Civil Veterinary Dept. Bombay admin report 1900-1906 - 1900-1906
Year: 1900
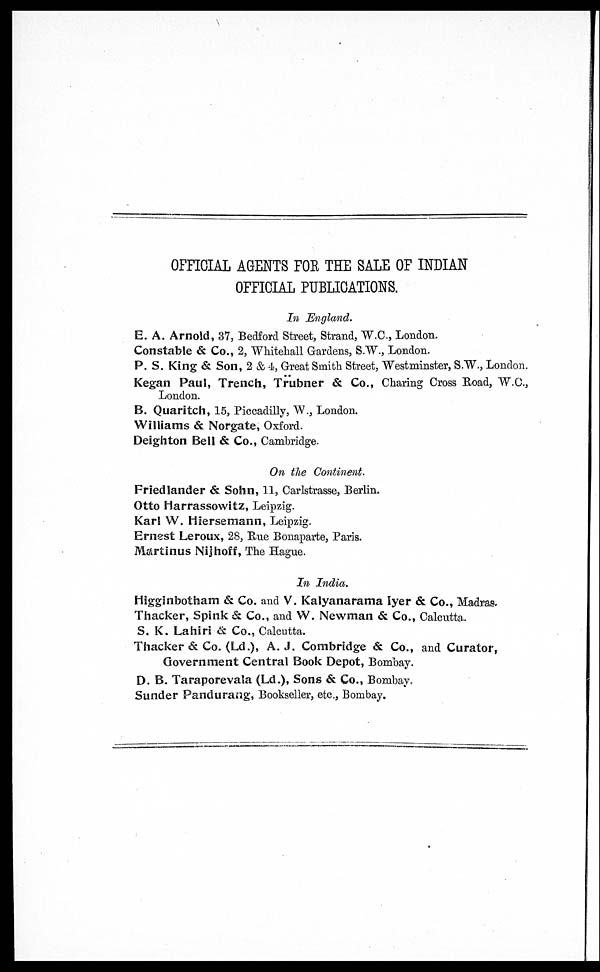
OFFICIAL AGENTS FOE THE SALE OF INDIAN
OFFICIAL PUBLICATIONS.
In England.
E. A. Arnold, 37, Bedford Street, Strand, W.C., London.
Constable & Co., 2, Whitehall Gardens, S.W., London.
P. S. King & Son, 2 & 4, Great Smith Street, Westminster, S.W., London.
Kegan Paul, Trench, Trübner & Co., Charing Cross Road, W.C.,
London.
B. Quaritch, 15, Piccadilly, W., London.
Williams & Norgate, Oxford.
Deighton Bell & Co., Cambridge.
On the Continent.
Fried lander & Sohn, 11, Carlstrasse, Berlin.
Otto Harrassowitz, Leipzig.
Karl W. Hiersemann, Leipzig.
Ernest Leroux, 28, Hue Bonaparte, Paris.
Martinus Nijhoff, The Hague.
In India.
Higginbotham & Co. and V. Kalyanarama Iyer & Co., Madras.
Thacker, Spink & Co., and W. Newman & Co., Calcutta.
S. K. Lahiri & Co., Calcutta.
Thacker & Co. (Ld.), A. J. Combridge & Co., and Curator,
Government Central Book Depot, Bombay.
D. B. Taraporevala (Ld.), Sons & Co., Bombay,
Sunder Pandurang, Bookseller, etc., Bombay.